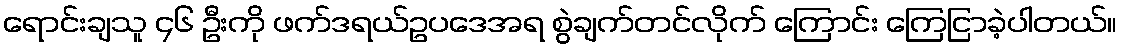
ရောင်းချသူ ၄၆ ဦးကို ဖက်ဒရယ်ဥပဒေအရ စွဲချက်တင်လိုက် ကြောင်း ကြေငြာခဲ့ပါတယ်။